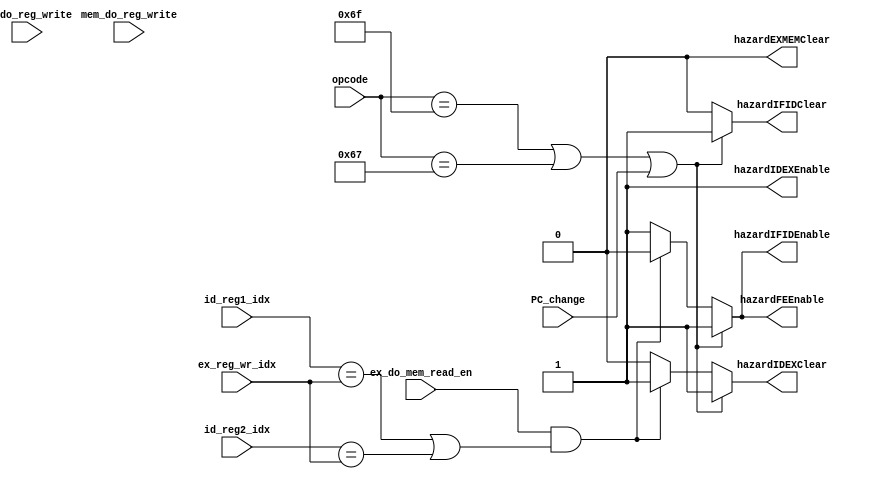
`timescale 1ns / 1ps
//////////////////////////////////////////////////////////////////////////////////
// Company: 
// Engineer: 
// 
// Design Name: 
// Module Name: Hazard
// Project Name: 
// Target Devices: 
// Tool Versions: 
// Description: 
// 
// Dependencies: 
// 
// Revision:
// Revision 0.01 - File Created
// Additional Comments:
// 
//////////////////////////////////////////////////////////////////////////////////


module Hazard(
    input wb_do_reg_write,
    input mem_do_reg_write,
    input [4:0] id_reg2_idx,
    input [4:0] id_reg1_idx,
    input ex_do_mem_read_en,
    input [4:0] ex_reg_wr_idx,
    input [6:0] opcode,
    input PC_change,

    output reg hazardEXMEMClear,
    output reg hazardFEEnable,
    output reg hazardIDEXEnable,
    output reg hazardIDEXClear,
    output reg hazardIFIDEnable,
    output reg hazardIFIDClear
    );
    parameter JAL=7'b1101111;
    parameter JALR=7'b1100111;
    parameter BEQ_BLT=7'b1100011;
    always@(*)
    begin
        if (opcode==JAL||opcode==JALR||PC_change) 
        begin
            hazardEXMEMClear=0;
            hazardIDEXClear=1;
            hazardIDEXEnable=1;
            hazardIFIDClear=1;
            hazardIFIDEnable=1;
            hazardFEEnable=1;
        end 
        else if (ex_do_mem_read_en && (id_reg1_idx==ex_reg_wr_idx || id_reg2_idx==ex_reg_wr_idx))
        begin
            hazardEXMEMClear=0;
            hazardIDEXClear=1;
            hazardIDEXEnable=1;
            hazardIFIDClear=0;
            hazardIFIDEnable=0;
            hazardFEEnable=0;
        end          
        else
        begin
            hazardEXMEMClear=0;
            hazardIDEXClear=0;
            hazardIDEXEnable=1;
            hazardIFIDClear=0;
            hazardIFIDEnable=1;
            hazardFEEnable=1;
        end 
    end
endmodule